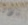
بأداة